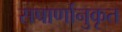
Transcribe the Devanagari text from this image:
सषार्णानुकृत